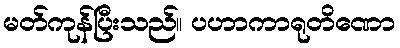
မတ်ကုန်ပြီးသည်။ ပဟာကာရုတိဏော